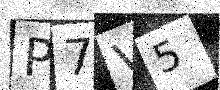
Text: P7V5